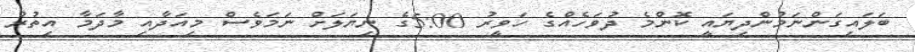
ބަލައިގަންނަމުންދިޔައީ ކޮންމެ ދުވަހެއްގެ ހަވީރު 5:00ގެ ނިޔަލަށް ނަމަވެސް މިއަަދާއި މާދަމާ އިތުރު